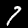
Digit: 7